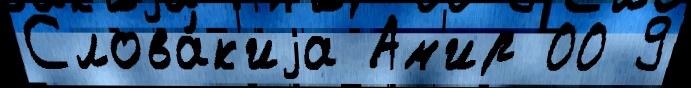
Слова́к'иjа Ам'ир 00 9